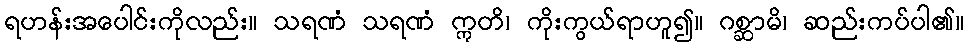
ရဟန်းအပေါင်းကိုလည်း။ သရဏံ သရဏံ ဣတိ၊ ကိုးကွယ်ရာဟူ၍။ ဂစ္ဆာမိ၊ ဆည်းကပ်ပါ၏။